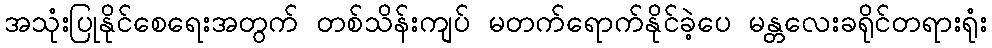
အသုံးပြုနိုင်စေရေးအတွက် တစ်သိန်းကျပ် မတက်ရောက်နိုင်ခဲ့ပေ မန္တလေးခရိုင်တရားရုံး